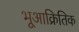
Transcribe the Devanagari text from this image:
भूआक्रितिक